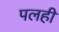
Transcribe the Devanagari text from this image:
पलही